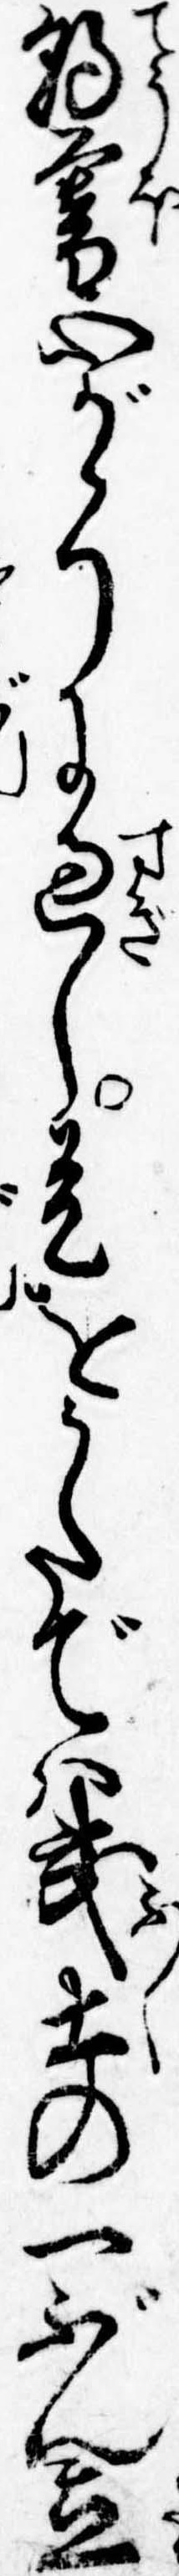
朝暮心がかりに過し是をうたでは武士の一ぶん立